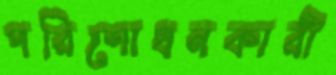
পরিশোধনকারী